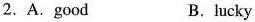
2.A.Good B.lucky